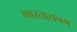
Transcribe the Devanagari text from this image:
भारतायनम्